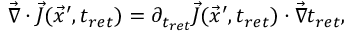
\vec { \nabla } \cdot \vec { J } ( \vec { x } ^ { \prime } , t _ { r e t } ) = \partial _ { t _ { r e t } } \vec { J } ( \vec { x } ^ { \prime } , t _ { r e t } ) \cdot \vec { \nabla } t _ { r e t } ,